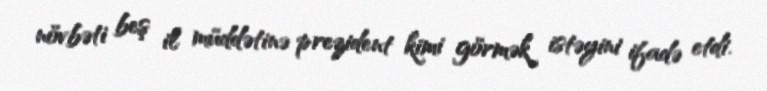
növbəti beş il müddətinə prezident kimi görmək istəyini ifadə etdi.